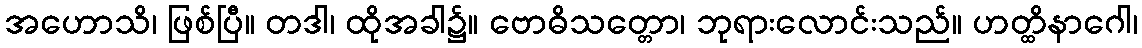
အဟောသိ၊ ဖြစ်ပြီ။ တဒါ၊ ထိုအခါ၌။ ဗောဓိသတ္တော၊ ဘုရားလောင်းသည်။ ဟတ္ထိနာဂေါ၊